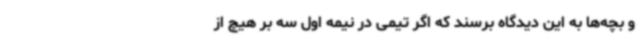
و بچه‌ها به این دیدگاه برسند که اگر تیمی در نیمه اول سه بر هیچ از